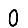
Digit: 0